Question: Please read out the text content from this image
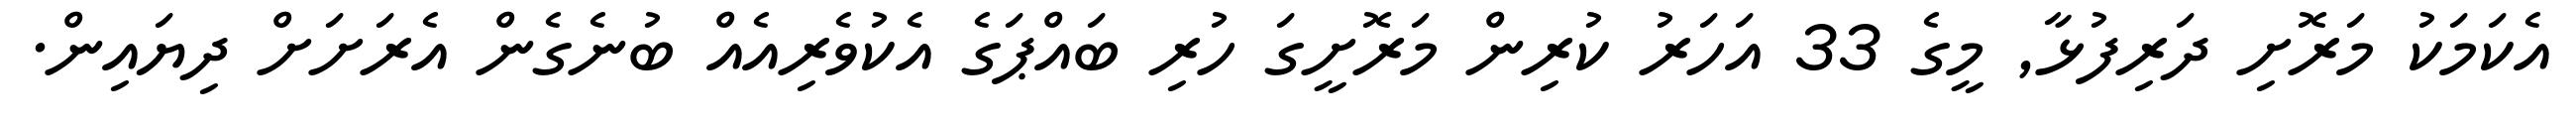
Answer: އެކަމަކު މަރޮށި ދަރިފުޅާ, މީގެ 33 އަހަރު ކުރިން މަރޮށީގަ ހުރި ބައްޕަގެ އެކުވެރިއެއް ބުނެގެން އެރަށަށް ދިޔައިން.